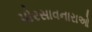
પોરસાવનારાઓ